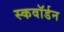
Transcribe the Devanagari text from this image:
स्कवाॅर्डन